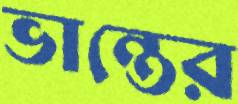
ভান্তের